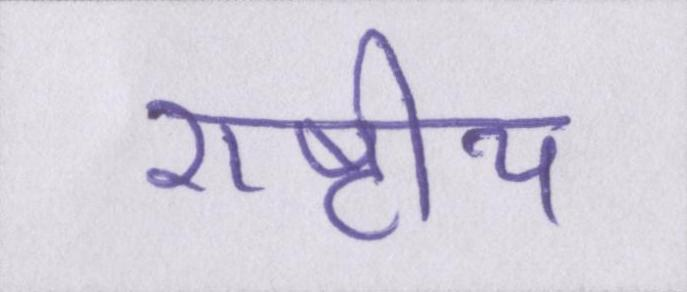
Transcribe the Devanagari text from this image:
राष्टीय